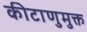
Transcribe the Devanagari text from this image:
कीटाणुमुक्त